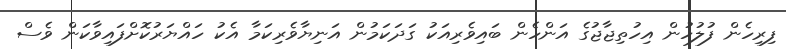
ފިރިހެން ފުލުހުން އިހުތިޖާޖުގެ އަންހެން ބައިވެރިއަކު ގަދަކަމުން އަނިޔާވެރިކަމާ އެކު ހައްޔަރުކޮށްފައިވާކަން ވެސް